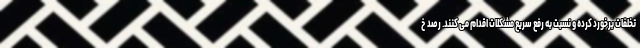
تخلفات برخورد کرده و نسبت به رفع سریع مشکلات اقدام می کنند. رصد خ